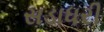
સડાધરી